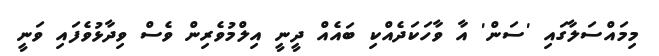
މިމައްސަލާގައި 'ސަން' އާ ވާހަކަދެއްކި ބައެއް ދީނީ އިލްމުވެރިން ވެސް ވިދާޅުވެފައި ވަނީ